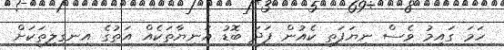
ހަމަ ގައިމު ވެސް ނިޔަފަތި ކެއުން ފަދަ ބޮޑު އަނިޔާތަކެއް އަތުގެ އިނގިލިތަކަށް